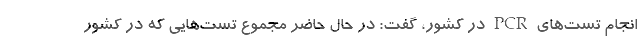
انجام تست‌های PCR در کشور، گفت: در حال حاضر مجموع تست‌هایی که در کشور